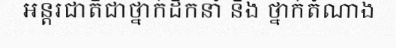
អន្តរជាតិជាថ្នាក់ដឹកនាំ និង ថ្នាក់តំណាង